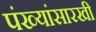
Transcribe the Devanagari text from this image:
पंख्यांसारखी